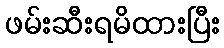
ဖမ်းဆီးရမိထားပြီး